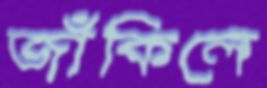
জাঁকিলে